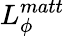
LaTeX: L_{\phi}^{matt}